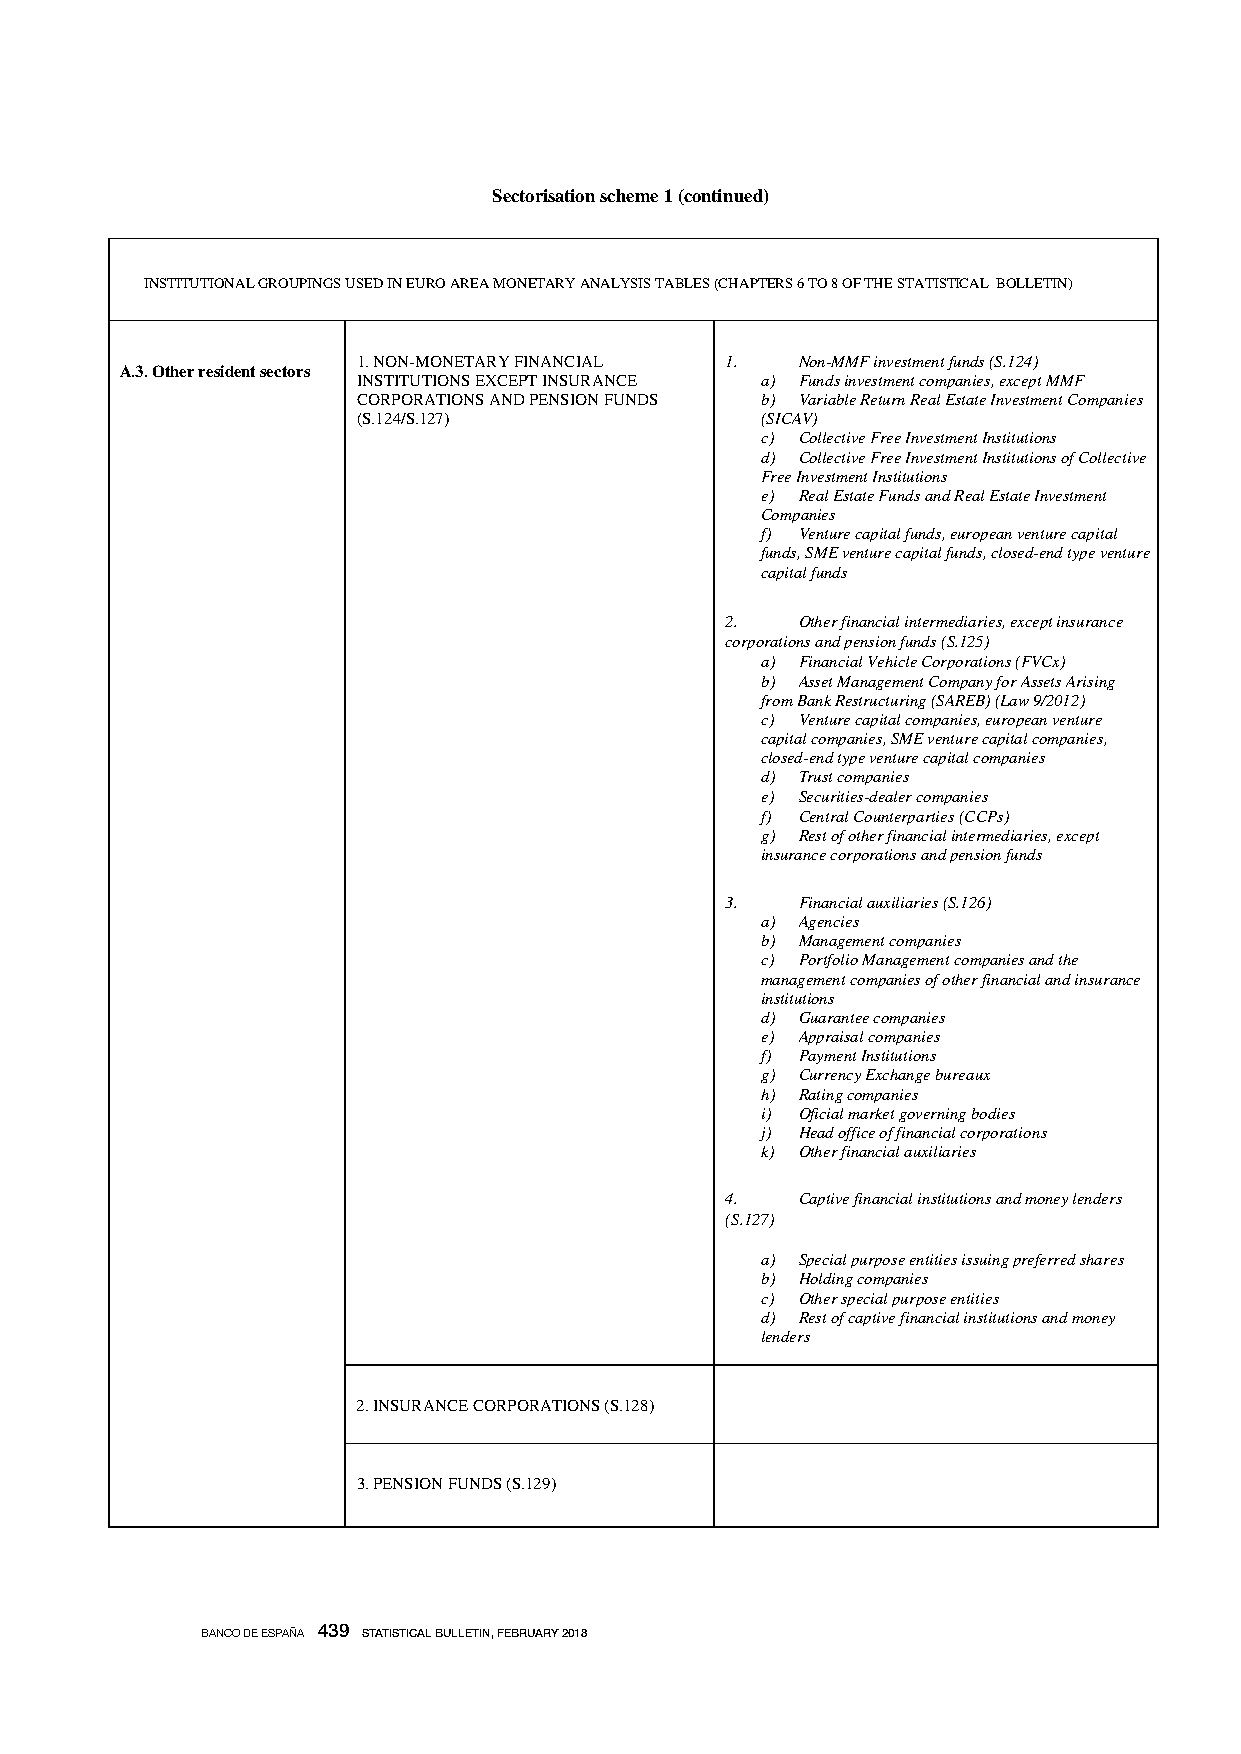
Sectorisation scheme 1 (continued)
 INSTITUTIONAL GROUPINGS USED IN EURO AREA MONETARY ANALYSIS TABLES (CHAPTERS 6 TO 8 OF THE STATISTICAL BOLLETIN)
 1. NON-MONETARY FINANCIAL 1. Non-MMF investment funds (S.124)
 A.3. Other resident sectors
 INSTITUTIONS EXCEPT INSURANCE a) Funds investment companies, except MMF
 CORPORATIONS AND PENSION FUNDS b) Variable Return Real Estate Investment Companies
 (S.124/S.127)             (SICAV)
 c) Collective Free Investment Institutions
 d) Collective Free Investment Institutions of Collective
 Free Investment Institutions
 e) Real Estate Funds and Real Estate Investment
 Companies
 f) Venture capital funds, european venture capital
 funds, SME venture capital funds, closed-end type venture
 capital funds
 2.   Other financial intermediaries, except insurance
 corporations and pension funds (S.125)
 a) Financial Vehicle Corporations (FVCx)
 b) Asset Management Company for Assets Arising
 from Bank Restructuring (SAREB) (Law 9/2012)
 c) Venture capital companies, european venture
 capital companies, SME venture capital companies,
 closed-end type venture capital companies
 d) Trust companies
 e) Securities-dealer companies
 f) Central Counterparties (CCPs)
 g) Rest of other financial intermediaries, except
 insurance corporations and pension funds
 3.   Financial auxiliaries (S.126)
 a) Agencies
 b) Management companies
 c) Portfolio Management companies and the
 management companies of other financial and insurance
 institutions
 d) Guarantee companies
 e) Appraisal companies
 f) Payment Institutions
 g) Currency Exchange bureaux
 h) Rating companies
 i) Oficial market governing bodies
 j) Head office of financial corporations
 k) Other financial auxiliaries
 4.   Captive financial institutions and money lenders
 (S.127)
 a) Special purpose entities issuing preferred shares
 b) Holding companies
 c) Other special purpose entities
 d) Rest of captive financial institutions and money
 lenders
 2. INSURANCE CORPORATIONS (S.128)
 3. PENSION FUNDS (S.129)
 BANCO DE ESPAÑA 439 STATISTICAL BULLETIN, FEBRUARY 2018